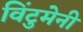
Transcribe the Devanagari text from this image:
विंटुमेनी